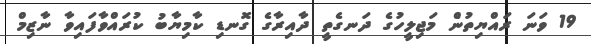
19 ވަނަ ރައްޔިތުންެ މަޖިލީހުގެ ދަނގެތީ ދާއިރާގެ ގޮނޑި ކާމިޔާބު ކުރައްވާފައިވާ ނާޒިމް